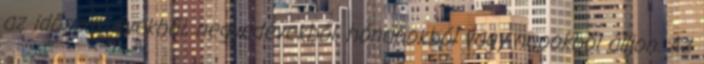
az időszak évekből, negyedévekből, hónapokból vagy napokból álljon. Az